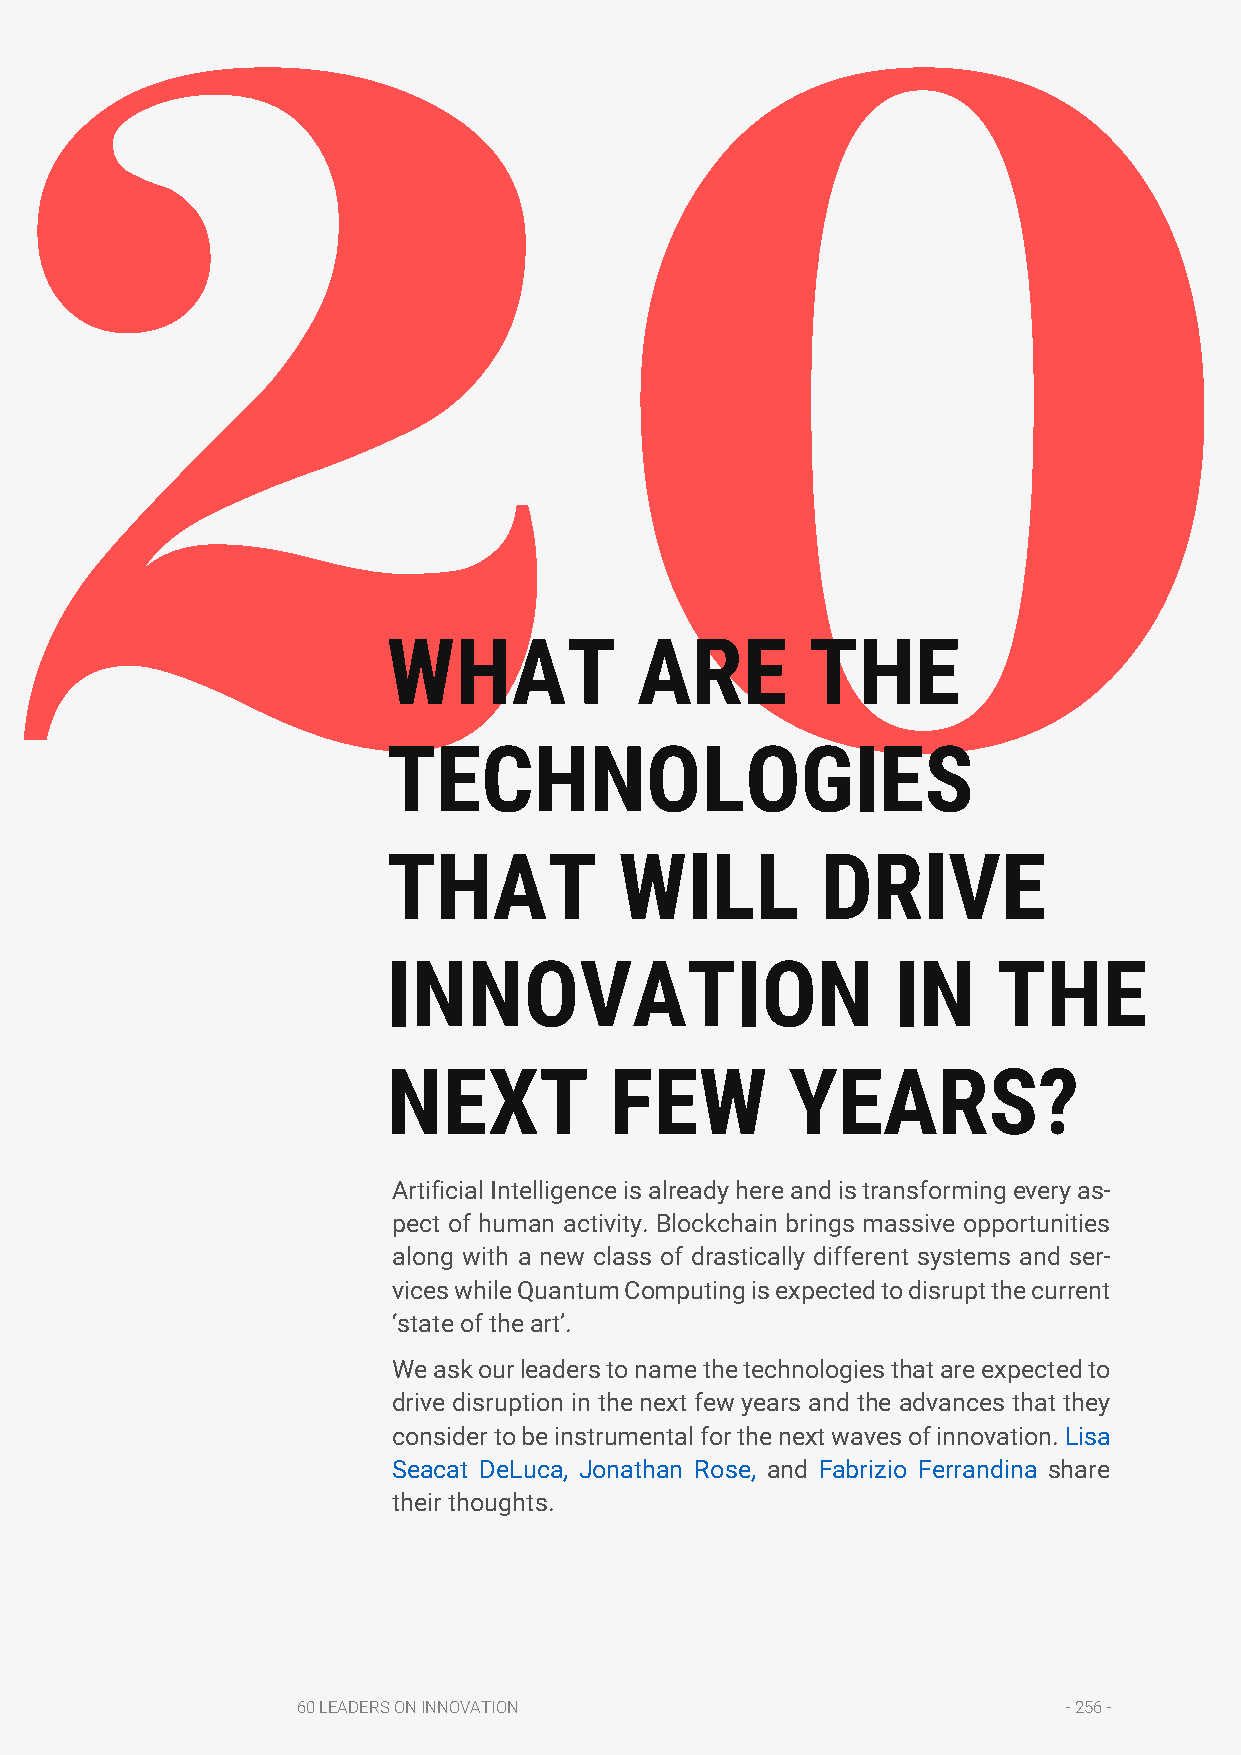
20
 WHAT            ARE         THE
 TECHNOLOGIES
 THAT           WILL         DRIVE
 INNOVATION                       IN     THE
 NEXT          FEW         YEARS?
 Artificial Intelligence is already here and is transforming every as-
 pect of human activity. Blockchain brings massive opportunities
 along with a new class of drastically different systems and ser-
 vices while Quantum Computing is expected to disrupt the current
 ‘state of the art’.
 We ask our leaders to name the technologies that are expected to
 drive disruption in the next few years and the advances that they
 consider to be instrumental for the next waves of innovation. Lisa
 Seacat DeLuca, Jonathan Rose, and Fabrizio Ferrandina share
 their thoughts.
 60 LEADERS ON INNOVATION                           - 256 -